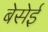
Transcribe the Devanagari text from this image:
बेसेई